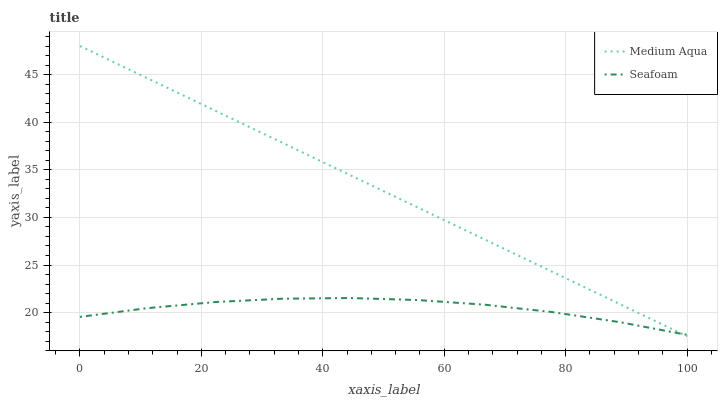
| xaxis_label | Medium Aqua | Seafoam |
 | --- | --- | --- |
 | 0 | 48 | 19.6 |
 | 11.1 | 44.6 | 20.5 |
 | 22.2 | 41.2 | 21.1 |
 | 33.3 | 37.8 | 21.5 |
 | 44.4 | 34.5 | 21.5 |
 | 55.6 | 31.1 | 21.3 |
 | 66.7 | 27.7 | 20.8 |
 | 77.8 | 24.3 | 20.1 |
 | 88.9 | 20.9 | 19 |
 | 100 | 17.5 | 17.7 |